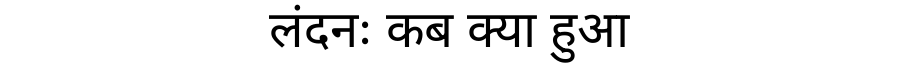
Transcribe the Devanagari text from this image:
लंदनः कब क्या हुआ